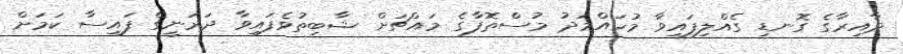
ދާއިރާގެ ގޮނޑި ގެއްލިފައިވާ މުހައްމަދު މުސްތޮފާގެ މައްޗަށް ޝާބިތުވެފައިވާ ދަރަނީގެ ފައިސާ ކަމަށް